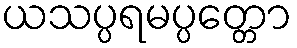
ယသပ္ပရမပ္ပတ္တော